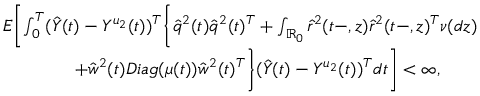
\begin{array} { r l } & { E \biggl [ \int _ { 0 } ^ { T } ( \hat { Y } ( t ) - Y ^ { u _ { 2 } } ( t ) ) ^ { T } \biggl \{ \hat { q } ^ { 2 } ( t ) \hat { q } ^ { 2 } ( t ) ^ { T } + \int _ { \mathbb { R } _ { 0 } } \hat { r } ^ { 2 } ( t - , z ) \hat { r } ^ { 2 } ( t - , z ) ^ { T } \nu ( d z ) } \\ & { \qquad \qquad + \hat { w } ^ { 2 } ( t ) D i a g ( \mu ( t ) ) \hat { w } ^ { 2 } ( t ) ^ { T } \biggr \} ( \hat { Y } ( t ) - Y ^ { u _ { 2 } } ( t ) ) ^ { T } d t \biggr ] < \infty , } \end{array}